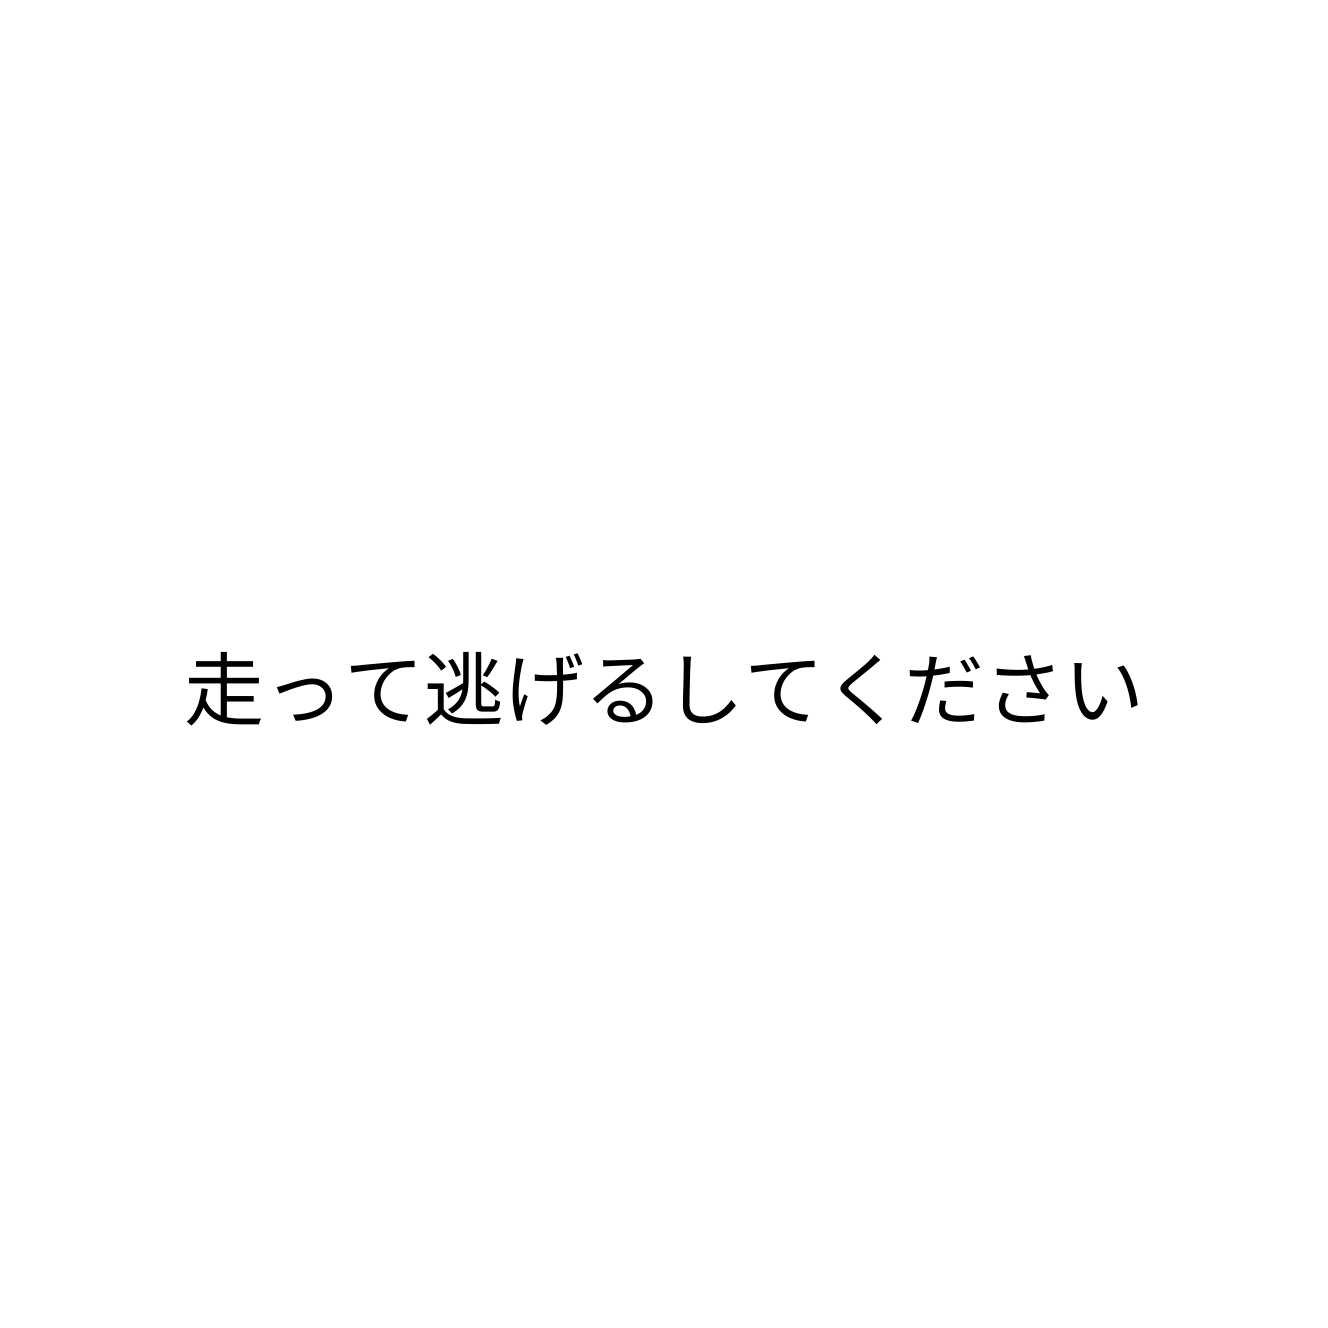
走って逃げるしてください